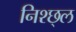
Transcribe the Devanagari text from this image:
निश्छ्ल